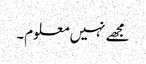
مجھے نہیں معلوم۔